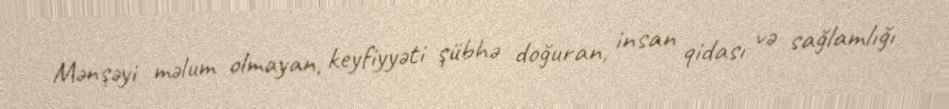
Mənşəyi məlum olmayan, keyfiyyəti şübhə doğuran, insan qidası və sağlamlığı